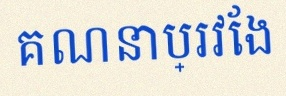
គណនាប្រវែង